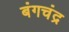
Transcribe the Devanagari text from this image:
बंगचंद्र